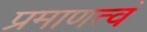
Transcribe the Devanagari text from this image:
प्रमाणत्वं